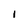
Character: I